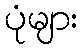
ပုံများ